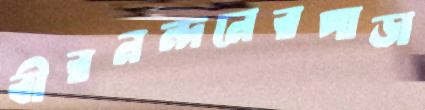
বীরনন্দনেরপাড়া